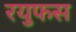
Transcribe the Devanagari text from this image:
रयुफस